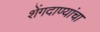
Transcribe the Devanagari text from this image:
शेंगदाण्यांचा